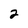
Character: 2